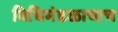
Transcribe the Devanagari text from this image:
विधिमंडळाचाच